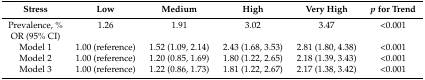
| Stress | Low | Medium | High | Very High | p for Trend |
 | --- | --- | --- | --- | --- | --- |
 | Prevalence, % | 1.26 | 1.91 | 3.02 | 3.47 | <0.001 |
 | OR (95% CI) |  |  |  |  |  |
 | Model 1 | 1.00 (reference) | 1.52 (1.09, 2.14) | 2.43 (1.68, 3.53) | 2.81 (1.80, 4.38) | <0.001 |
 | Model 2 | 1.00 (reference) | 1.20 (0.85, 1.69) | 1.80 (1.22, 2.65) | 2.18 (1.39, 3.43) | <0.001 |
 | Model 3 | 1.00 (reference) | 1.22 (0.86, 1.73) | 1.81 (1.22, 2.67) | 2.17 (1.38, 3.42) | <0.001 |